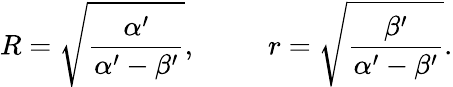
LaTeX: R=\sqrt{\frac{\alpha^{\prime}}{\alpha^{\prime}-\beta^{\prime}}},~~~~~~~~~~r=\sqrt{\frac{\beta^{\prime}}{\alpha^{\prime}-\beta^{\prime}}}.